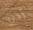
إذن